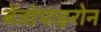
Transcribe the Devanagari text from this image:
बेंजोपाइरोन